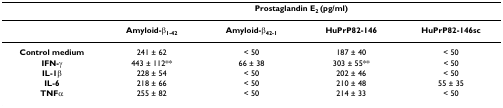
<table><thead><tr><td></td><td colspan="4"><b>Prostaglandin E<sub>2 </sub>(pg/ml)</b></td></tr></thead><tbody><tr><td></td><td><b>Amyloid-β<sub>1-42</sub></b></td><td><b>Amyloid-β<sub>42-1</sub></b></td><td><b>HuPrP82-146</b></td><td><b>HuPrP82-146sc</b></td></tr><tr><td><b>Control medium</b></td><td>241 ± 62</td><td>&lt; 50</td><td>187 ± 40</td><td>&lt; 50</td></tr><tr><td><b>IFN-γ</b></td><td>443 ± 112**</td><td>66 ± 38</td><td>303 ± 55**</td><td>&lt; 50</td></tr><tr><td><b>IL-1β</b></td><td>228 ± 54</td><td>&lt; 50</td><td>202 ± 46</td><td>&lt; 50</td></tr><tr><td><b>IL-6</b></td><td>218 ± 66</td><td>&lt; 50</td><td>210 ± 48</td><td>55 ± 35</td></tr><tr><td><b>TNFα</b></td><td>255 ± 82</td><td>&lt; 50</td><td>214 ± 33</td><td>&lt; 50</td></tr></tbody></table>